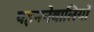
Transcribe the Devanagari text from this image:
पहननेवालियों